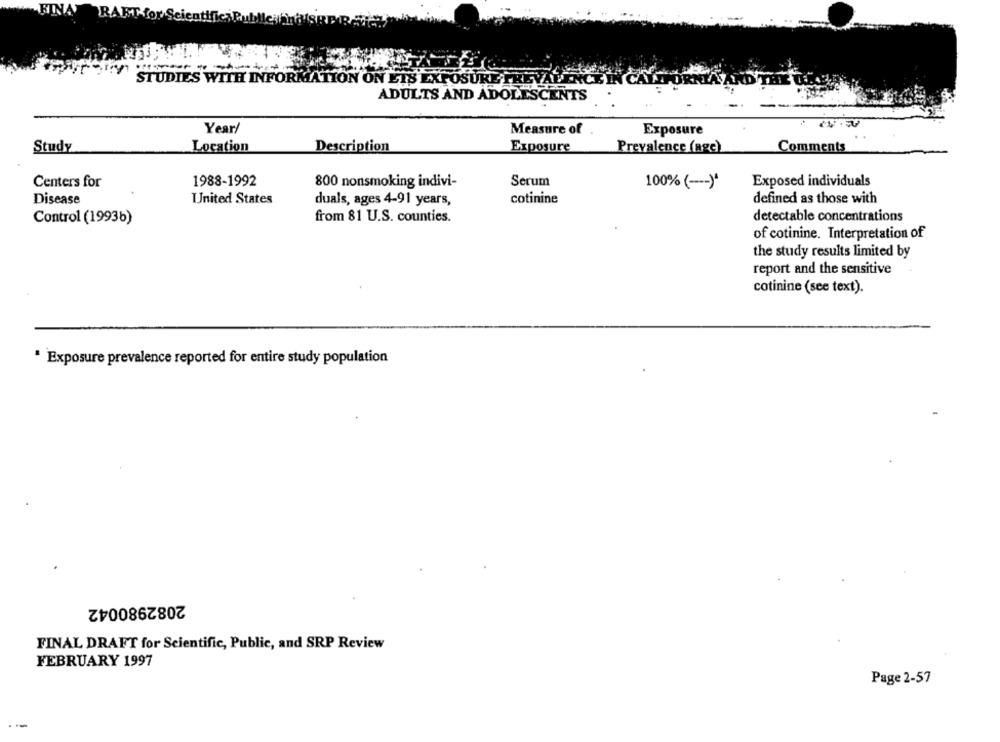
RA
STUDIES WITH INFORMATION ON ETS EXPOSURE M
ADULTS AND ADOLESCENTS
Year/
Measure of
Exposure
Study
Location
Description
Exposure
Prevalence (age)
Comments
Centers for
1988-1992
800 nonsmoking indivi-
Serum
100% ( --- )*
Exposed individuals
United States
cotinine
defined as those with
Disease
duals, ages 4-91 years,
Control (1993b)
from 81 U.S. counties.
detectable concentrations
of cotinine. Interpretation of
the study results limited by
report and the sensitive
cotinine (see text).
* Exposure prevalence reported for entire study population
2082980042
FINAL DRAFT for Scientific, Public, and SRP Review
FEBRUARY 1997
Page 2-57